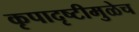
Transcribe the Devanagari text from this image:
कृपादृष्टीमुळेच